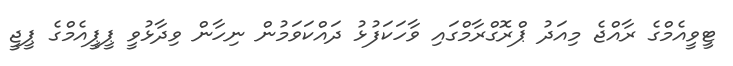
ޓީވީއެމްގެ ރާއްޖެ މިއަދު ޕްރޮގްރާމްގައި ވާހަކަފުޅު ދައްކަވަމުން ނިހާން ވިދާޅުވީ ޕީޕީއެމްގެ ޕީޖީ